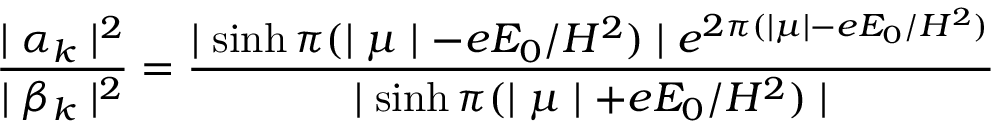
\frac { \mid \alpha _ { k } \mid ^ { 2 } } { \mid \beta _ { k } \mid ^ { 2 } } = \frac { \mid \sinh \pi ( \mid \mu \mid - e E _ { 0 } / H ^ { 2 } ) \mid e ^ { 2 \pi ( \mid \mu \mid - e E _ { 0 } / H ^ { 2 } ) } } { \mid \sinh \pi ( \mid \mu \mid + e E _ { 0 } / H ^ { 2 } ) \mid }